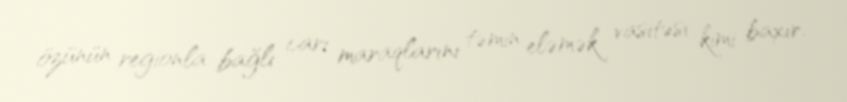
özünün regionla bağlı cari maraqlarını təmin eləmək vasitəsi kimi baxır.